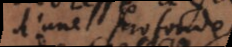
d’une profonde